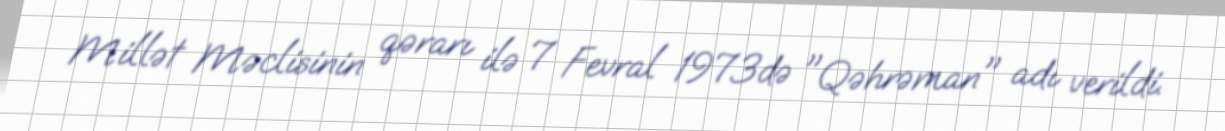
Millət Məclisinin qərarı ilə 7 Fevral 1973də "Qəhrəman" adı verildi.